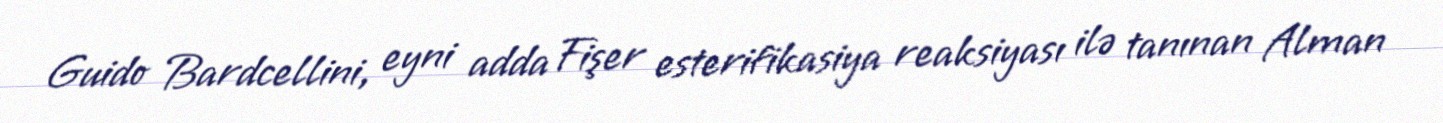
Guido Bardcellini, eyni adda Fişer esterifikasiya reaksiyası ilə tanınan Alman